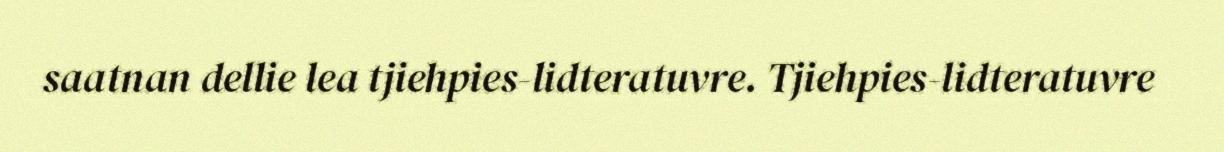
saatnan dellie lea tjiehpies-lidteratuvre. Tjiehpies-lidteratuvre